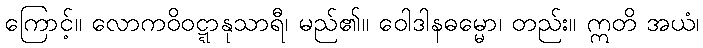
ကြောင့်။ လောကဝိဝဋ္ဋာနုသာရီ၊ မည်၏။ ဝေါဒါနဓမ္မော၊ တည်း။ ဣတိ အယံ၊